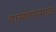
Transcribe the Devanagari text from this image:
चाल्कोपायराइट